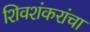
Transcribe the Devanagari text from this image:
शिवशंकरांचा